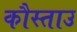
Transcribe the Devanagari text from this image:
कौस्ताउ